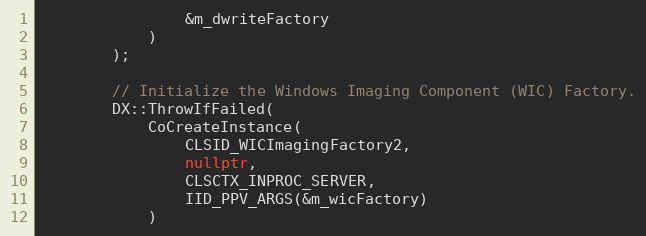
Language: C++
                &m_dwriteFactory
            )
        );

        // Initialize the Windows Imaging Component (WIC) Factory.
        DX::ThrowIfFailed(
            CoCreateInstance(
                CLSID_WICImagingFactory2,
                nullptr,
                CLSCTX_INPROC_SERVER,
                IID_PPV_ARGS(&m_wicFactory)
            )